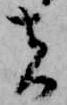
者